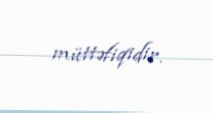
müttəfiqidir.